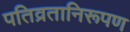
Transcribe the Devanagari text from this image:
पतिव्रतानिरूपण